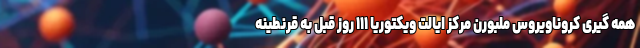
همه گیری کروناویروس ملبورن مرکز ایالت ویکتوریا ۱۱۱ روز قبل به قرنطینه